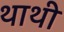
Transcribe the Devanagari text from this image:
थाथी